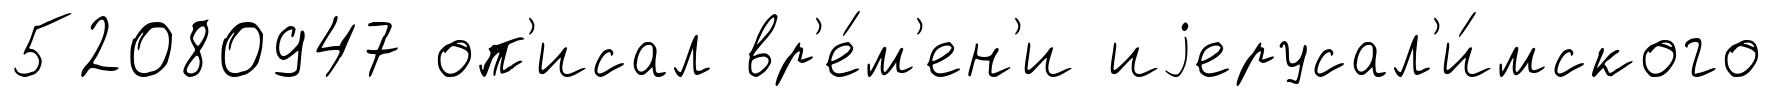
52080947 оп'исал вр'е́м'ен'и иjерусал'и́мского